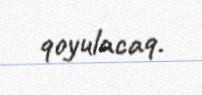
qoyulacaq.